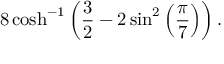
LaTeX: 8 \cosh ^ { - 1 } \left( { \frac { 3 } { 2 } } - 2 \sin ^ { 2 } \left( { \frac { \pi } { 7 } } \right) \right) .